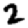
Digit: 2